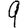
Digit: 9